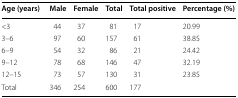
| Age (years) | Male | Female | Total | Total positive | Percentage (%) |
 | --- | --- | --- | --- | --- | --- |
 | <3 | 44 | 37 | 81 | 17 | 20.99 |
 | 3–6 | 97 | 60 | 157 | 61 | 38.85 |
 | 6–9 | 54 | 32 | 86 | 21 | 24.42 |
 | 9–12 | 78 | 68 | 146 | 47 | 32.19 |
 | 12–15 | 73 | 57 | 130 | 31 | 23.85 |
 | Total | 346 | 254 | 600 | 177 |  |